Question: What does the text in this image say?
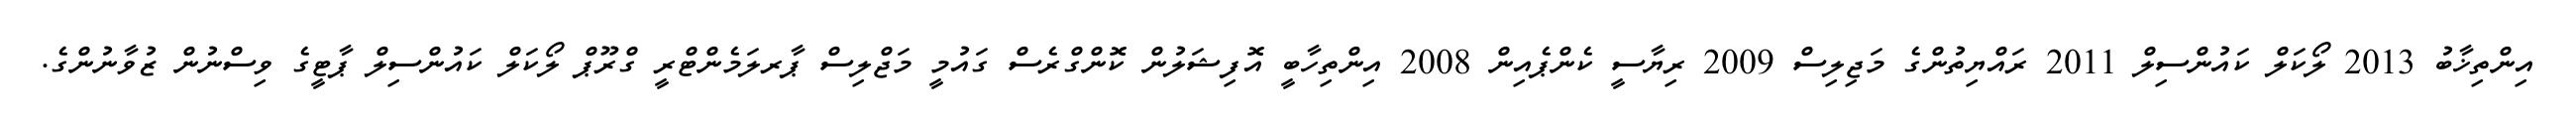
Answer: އިންތިޚާބު 2013 ލޯކަލް ކައުންސިލް 2011 ރައްޔިތުންގެ މަޖިލިސް 2009 ރިޔާސީ ކެންޕެއިން 2008 އިންތިހާބީ އޮފިޝަލުން ކޮންގްރެސް ގައުމީ މަޖްލިސް ޕާރލަމެންޓްރީ ގްރޫޕް ލޯކަލް ކައުންސިލް ޕާޓީގެ ވިސްނުން ޒުވާނުންގެ.